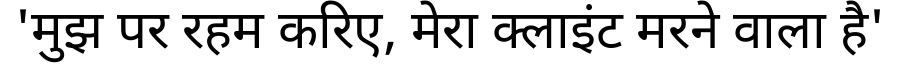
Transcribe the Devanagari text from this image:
'मुझ पर रहम करिए, मेरा क्लाइंट मरने वाला है'